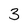
Character: 3